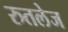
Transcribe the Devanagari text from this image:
रुतलेज